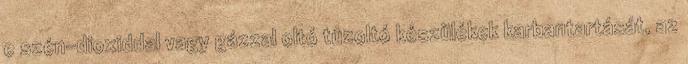
e szén-dioxiddal vagy gázzal oltó tûzoltó készülékek karbantartását, az